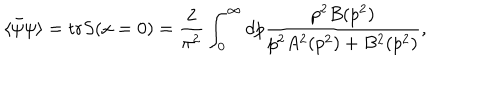
\langle \bar { \psi } \psi \rangle = \mathrm { t r } S ( x = 0 ) = \frac { 2 } { \pi ^ { 2 } } \int _ { 0 } ^ { \infty } d p \frac { p ^ { 2 } B ( p ^ { 2 } ) } { p ^ { 2 } A ^ { 2 } ( p ^ { 2 } ) + B ^ { 2 } ( p ^ { 2 } ) } ,